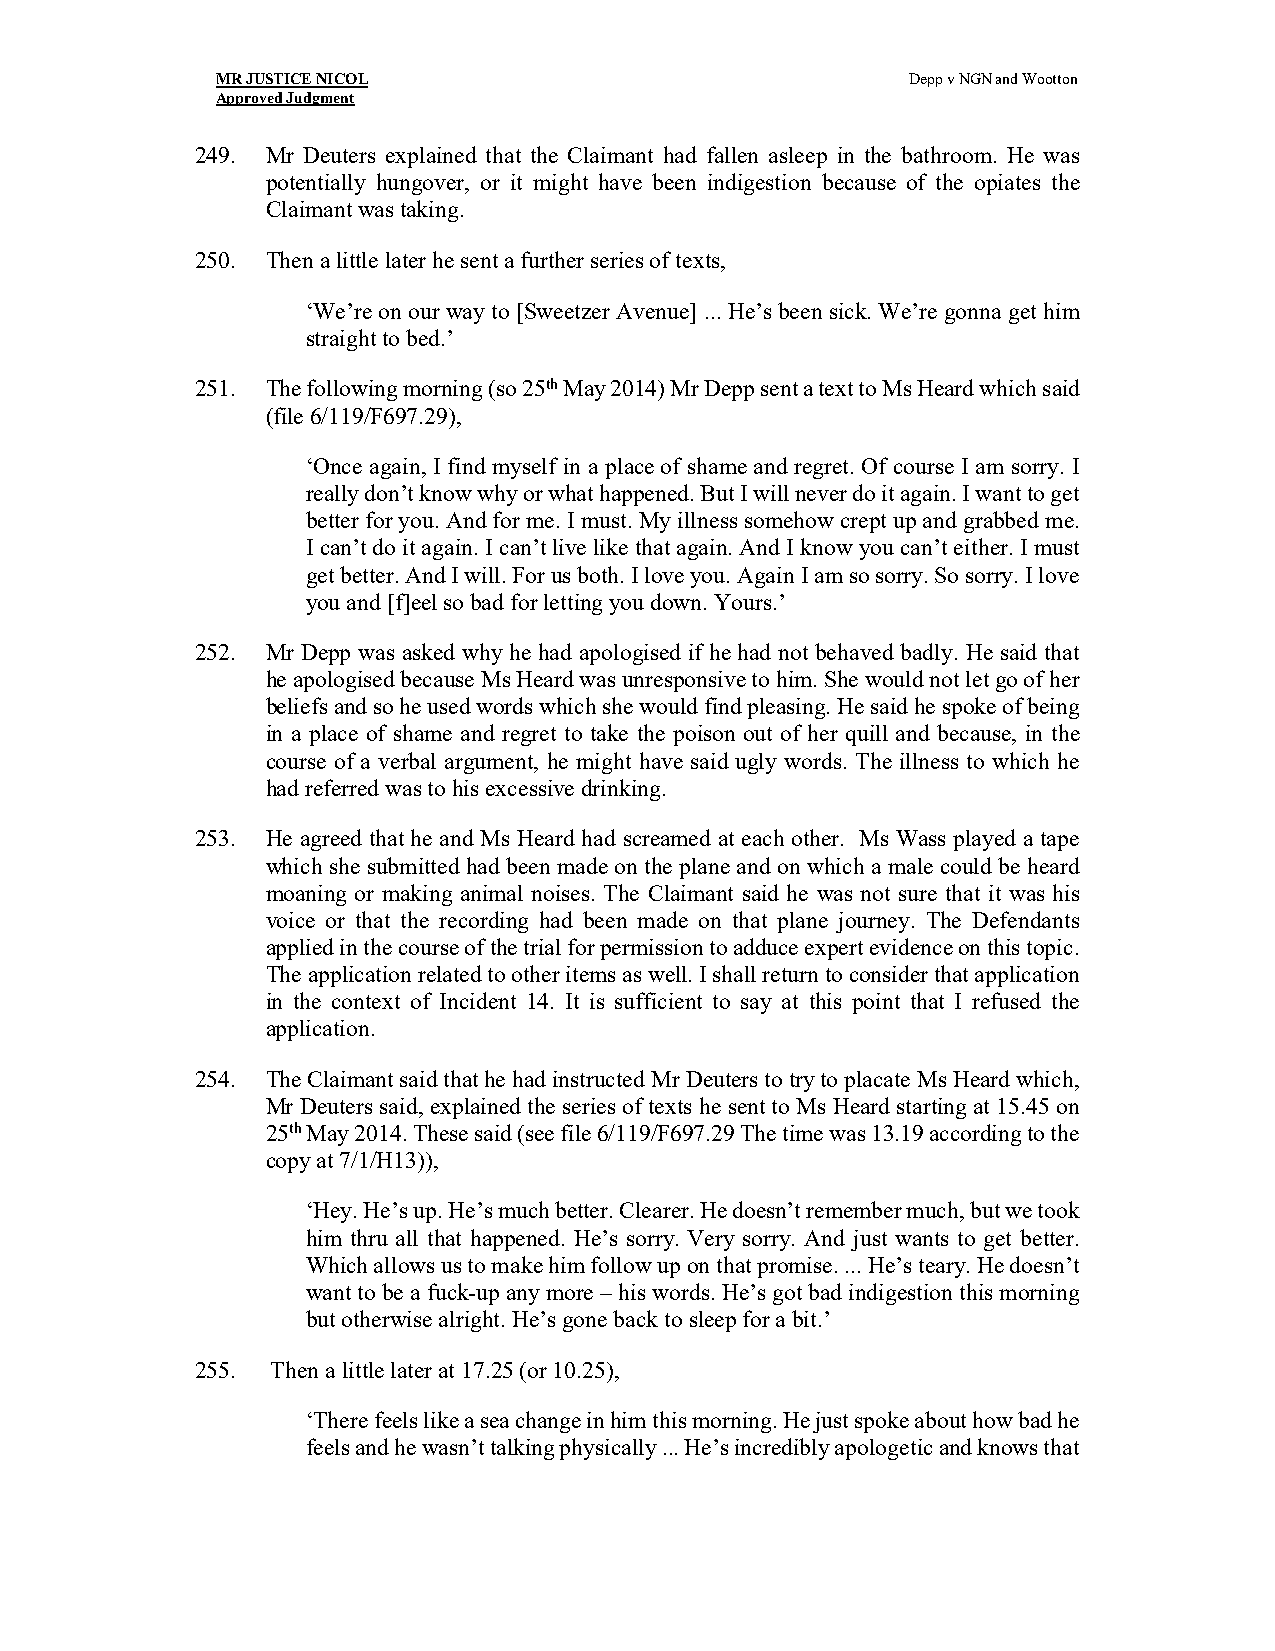
MR JUSTICE NICOL                              Depp v NGN and Wootton
 Approved Judgment
 249. Mr Deuters explained that the Claimant had fallen asleep in the bathroom. He was
 potentially hungover, or it might have been indigestion because of the opiates the
 Claimant was taking.
 250. Then a little later he sent a further series of texts,
 ‘We’re on our way to [Sweetzer Avenue] ... He’s been sick. We’re gonna get him
 straight to bed.’
 251. The following morning (so 25th May 2014) Mr Depp sent a text to Ms Heard which said
 (file 6/119/F697.29),
 ‘Once again, I find myself in a place of shame and regret. Of course I am sorry. I
 really don’t know why or what happened. But I will never do it again. I want to get
 better for you. And for me. I must. My illness somehow crept up and grabbed me.
 I can’t do it again. I can’t live like that again. And I know you can’t either. I must
 get better. And I will. For us both. I love you. Again I am so sorry. So sorry. I love
 you and [f]eel so bad for letting you down. Yours.’
 252. Mr Depp was asked why he had apologised if he had not behaved badly. He said that
 he apologised because Ms Heard was unresponsive to him. She would not let go of her
 beliefs and so he used words which she would find pleasing. He said he spoke of being
 in a place of shame and regret to take the poison out of her quill and because, in the
 course of a verbal argument, he might have said ugly words. The illness to which he
 had referred was to his excessive drinking.
 253. He agreed that he and Ms Heard had screamed at each other. Ms Wass played a tape
 which she submitted had been made on the plane and on which a male could be heard
 moaning or making animal noises. The Claimant said he was not sure that it was his
 voice or that the recording had been made on that plane journey. The Defendants
 applied in the course of the trial for permission to adduce expert evidence on this topic.
 The application related to other items as well. I shall return to consider that application
 in the context of Incident 14. It is sufficient to say at this point that I refused the
 application.
 254. The Claimant said that he had instructed Mr Deuters to try to placate Ms Heard which,
 Mr Deuters said, explained the series of texts he sent to Ms Heard starting at 15.45 on
 25th May 2014. These said (see file 6/119/F697.29 The time was 13.19 according to the
 copy at 7/1/H13)),
 ‘Hey. He’s up. He’s much better. Clearer. He doesn’t remember much, but we took
 him thru all that happened. He’s sorry. Very sorry. And just wants to get better.
 Which allows us to make him follow up on that promise. ... He’s teary. He doesn’t
 want to be a fuck-up any more – his words. He’s got bad indigestion this morning
 but otherwise alright. He’s gone back to sleep for a bit.’
 255. Then a little later at 17.25 (or 10.25),
 ‘There feels like a sea change in him this morning. He just spoke about how bad he
 feels and he wasn’t talking physically ... He’s incredibly apologetic and knows that